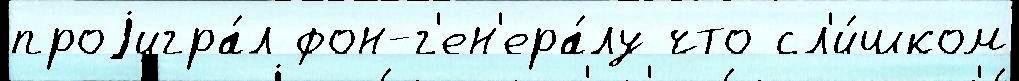
проjигра́л фон-г'ен'ера́лу что сл'и́шком